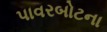
પાવરબોટના